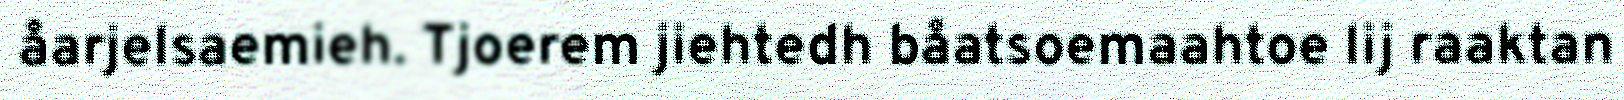
åarjelsaemieh. Tjoerem jiehtedh båatsoemaahtoe lij raaktan